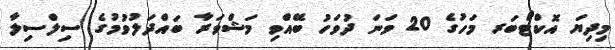
މިދިޔަ އޮކްޓޯބަރ މަހުގެ 20 ވަނަ ދުވަހު ބޭއްވި މަޝްވަރާ ބައްދަލުވުމުގެ ސިލްސިލާ